Civil Veterinary Department. United Provinces 1912-22 - 1912-1922
Year: 1912
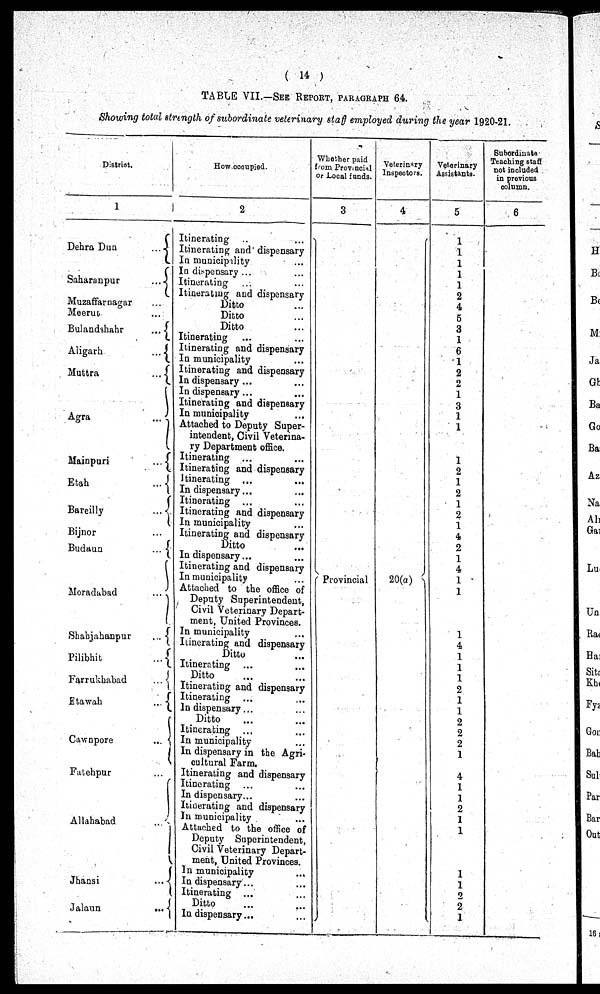
(14)
TABLE VII.—SEE REPORT, PARAGRAPHS 64.
Showing total strongth of subordinate veterinary staff employed during the year 1920-21.
District.
1
Dehra Dua
...
Saharanpur
...
Muzaffarnagar ...
Meerut ...
Bulandshahr
...
Aligarh
...
Muttra
...
Agra
...
Mainpuri
...
Etah
...
Bareilly
...
Bijnor ...
Budaun
...
Moradubad
...
Shahjahanpur
...
Pilibhit
...
Farrukhbad
...
Etawah
...
Cawnpore
...
Fatehpur ...
Allahabad
Jhansi ...
Jalaun ...
How occupied.
2
Itinerating ..
...
Itinerating and dispensary
In municipality ...
In dispensary ...
...
Itinerating
...
...
Itinerating and dispensary
Ditto
... ...
Ditto
...
Ditto
...
Itinerating ... ...
Itinerating and dispensary
In municipality ...
Itinerating and dispensary
In dispensary ... ...
In dispensary ...
Itinerating and dispensary
In municipality
...
Attached to Deputy Super-
intendent, Civil Veterina-
ry Department office.
Itinerating ...
...
Itinerating and dispensary
itinerating ...
...
In dispensary...
...
Itinerating ...
...
Itinerating and dispensary
In municipality
...
Itinerating and dispensary
Ditto ...
In dispensary...
...
Itinerating and dispensary
In municipality ...
Attached to the office of
Deputy Superintendent,
Civil Veterinary Depart-
ment,
United Provinces.
In municipality ...
Itinerating and dispensary
Ditto ...
Itinerating
... ...
Ditto ... ...
Itinerating and dispensary
Itinerating ... ...
In dispensary... ...
Ditto ... ...
Itinerating ... ...
In municipality ...
In dispensary in the Agri-
cultural Farm.
Itinerating and dispensary
Itinerating ... ...
In dispensary...
Itinerating and dispensary
In municipality ...
Attached to the office of
Deputy Superintendent,
Civil Veterinary Depart-
ment, United Provinces.
In
municipality ...
In dispensary... ...
Itinerating ... ...
Ditto ... ...
In dispensary... ...
Whether paid
from Provincial
Local funds.
3
Provincial
Voterinary
Inspectors.
4
20(a)
Veterinary
Assistants.
5
1
1
1
1
1
2
4
5
3
1
6
1
2
2
1
3
1
1
1
1
2
1
2
1
4
2
1
4
1
1
1
1
1
1
1
2
1
1
2 2
2
1
4
1
1
2
1
1
1
2
2
1
Subordinate
Teaching staff
not included
in provious
column.
6